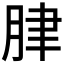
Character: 𦛌